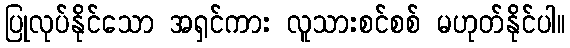
ပြုလုပ်နိုင်သော အရှင်ကား လူသားစင်စစ် မဟုတ်နိုင်ပါ။